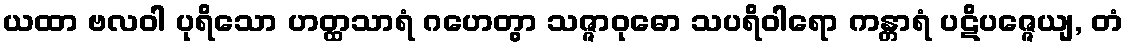
ယထာ ဗလဝါ ပုရိသော ဟတ္ထသာရံ ဂဟေတွာ သဇ္ဇာဝုဓော သပရိဝါရော ကန္တာရံ ပဋိပဇ္ဇေယျ, တံ